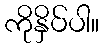
ကိုနှိပ်ပါ။